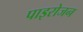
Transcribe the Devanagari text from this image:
पाइरोजन